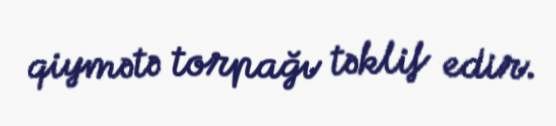
qiymətə torpağı təklif edir.